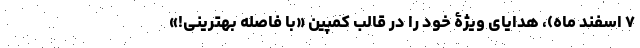
۷ اسفند ماه)، هدایای ویژۀ خود را در قالب کمپین «با فاصله بهترینی!»